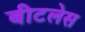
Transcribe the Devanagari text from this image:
बीटलेस